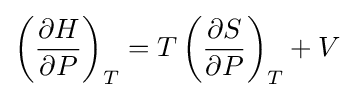
\left({\frac {\partial H}{\partial P}}\right)_{T}=T\left({\frac {\partial S}{\partial P}}\right)_{T}+V